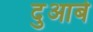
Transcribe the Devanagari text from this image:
दुआबे